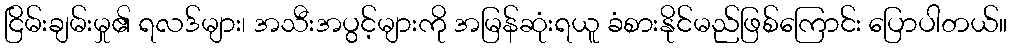
ငြိမ်းချမ်းမှု၏ ရလဒ်များ၊ အသီးအပွင့်များကို အမြန်ဆုံးရယူ ခံစားနိုင်မည်ဖြစ်ကြောင်း ပြောပါတယ်။